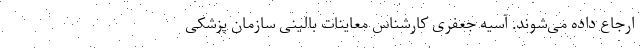
ارجاع داده می‌شوند. آسیه جعفری کارشناس معاینات بالینی سازمان پزشکی